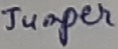
Text: Jumper